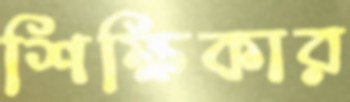
শিক্ষিকার